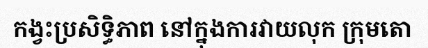
កង្វះប្រសិទ្ធិភាព នៅក្នុងការវាយលុក ក្រុមតោ